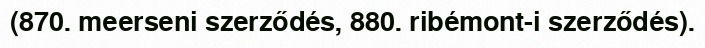
(870. meerseni szerződés, 880. ribémont-i szerződés).